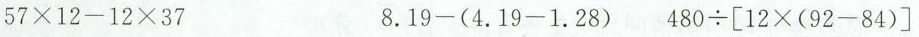
$$5 7 \times 1 2 - 1 2 \times 3 7$$$$8 . 1 9 - ( 4 . 1 9 - 1 . 2 8 )$$$$4 8 0 \div [ 1 2 \times ( 9 2 - 8 4 ) ]$$